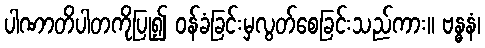
ပါဏာတိပါတကိုပြု၍ ဝန်ခံခြင်းမှလွတ်စေခြင်းသည်ကား။ ဗန္ဓနံ၊